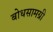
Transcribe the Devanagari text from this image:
बोधसामग्री